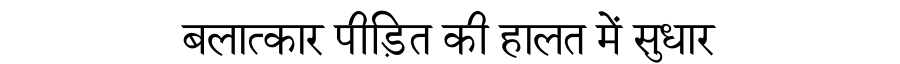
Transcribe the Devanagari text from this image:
बलात्कार पीड़ित की हालत में सुधार